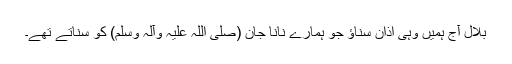
بلال آج ہمیں وہی اذان سناؤ جو ہمارے نانا جان (صلی اللہ علیہ وآلہ وسلم) کو سناتے تھے۔